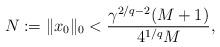
LaTeX: \begin{align*} N:=\|x_0\|_0<\frac{\gamma^{2/q-2}(M+1)}{4^{1/q}M},\end{align*}